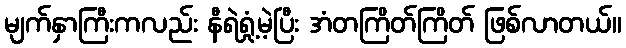
မျက်နှာကြီးကလည်း နီရဲရှုံ့မဲ့ပြီး အံတကြိတ်ကြိတ် ဖြစ်လာတယ်။